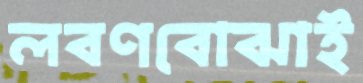
লবণবোঝাই